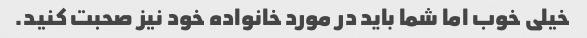
خیلی خوب اما شما باید در مورد خانواده خود نیز صحبت کنید.